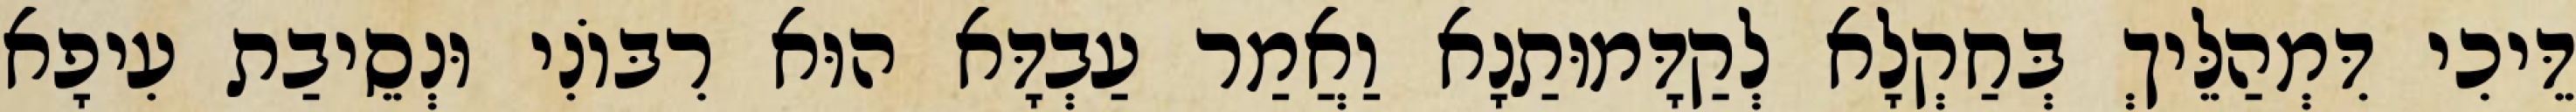
דֵּיכִי דִּמְהַלֵּיךְ בְּחַקְלָא לְקַדָּמוּתַנָא וַאֲמַר עַבְדָּא הוּא רִבּוֹנִי וּנְסֵיבַת עִיפָא